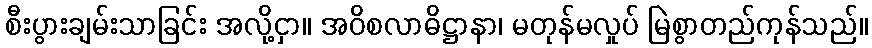
စီးပွားချမ်းသာခြင်း အလို့ငှာ။ အဝိစလာဓိဋ္ဌာနာ၊ မတုန်မလှုပ် မြဲစွာတည်ကုန်သည်။